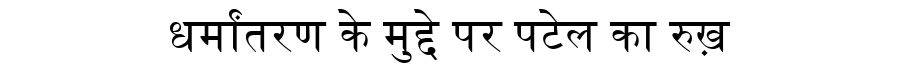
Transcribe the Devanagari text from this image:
धर्मांतरण के मुद्दे पर पटेल का रुख़